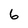
Character: 6